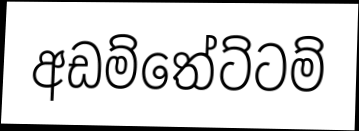
අඩම්තේට්ටම්